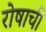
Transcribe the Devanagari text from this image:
रोषाची